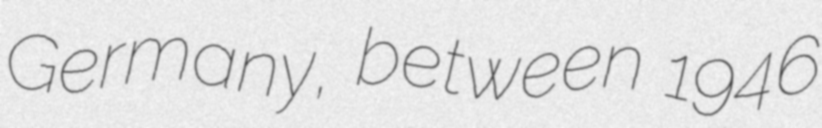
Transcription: Germany, between 1946